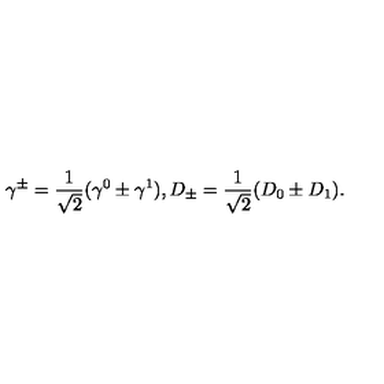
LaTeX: \gamma ^ { \pm } = { \frac { 1 } { \sqrt { 2 } } } ( \gamma ^ { 0 } \pm \gamma ^ { 1 } ) , D _ { \pm } = { \frac { 1 } { \sqrt { 2 } } } ( D _ { 0 } \pm D _ { 1 } ) .